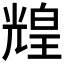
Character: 𤾗